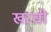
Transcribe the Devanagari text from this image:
खरची